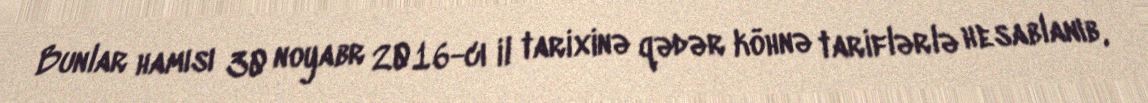
Bunlar hamısı 30 noyabr 2016-cı il tarixinə qədər köhnə tariflərlə hesablanıb,